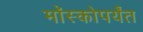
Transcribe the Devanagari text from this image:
मॉस्कोपर्यंत